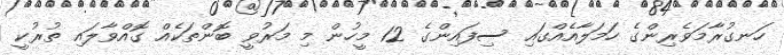
ހަނގުރާމަވެރިންގެ ހަމަލާއެއްގައި ސިފައިންގެ 12 މީހުން މި މަރުވީ ބޮންތަކެއް ގޮއްވާލައި ތުރުކީ